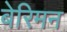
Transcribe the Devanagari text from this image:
बेरिमन